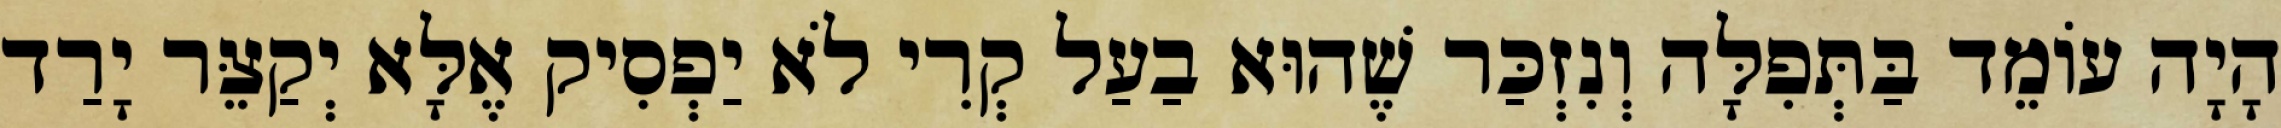
הָיָה עוֹמֵד בַּתְּפִלָּה וְנִזְכַּר שֶׁהוּא בַעַל קְרִי לֹא יַפְסִיק אֶלָּא יְקַצֵּר יָרַד